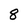
Character: 8